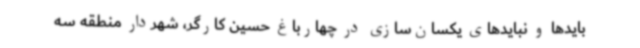
بایدها و نبایدهای یکسان‌سازی در چهارباغ حسین کارگر، شهردار منطقه سه